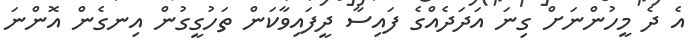
އެ ދެ މީހުންނަށް ގިނަ އަދަދެއްގެ ފައިސާ ދީފައިވާކަން ތަހުގީގުން އިނގެން އޮންނަ